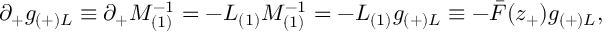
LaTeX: \partial _ { + } g _ { ( + ) L } \equiv \partial _ { + } M _ { ( 1 ) } ^ { - 1 } = - L _ { ( 1 ) } M _ { ( 1 ) } ^ { - 1 } = - L _ { ( 1 ) } g _ { ( + ) L } \equiv - \bar { F } ( z _ { + } ) g _ { ( + ) L } ,